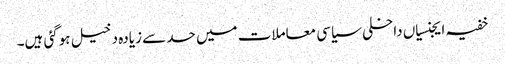
خفیہ ایجنسیاں داخلی سیاسی معاملات میں حد سے زیادہ دخیل ہوگئی ہیں۔